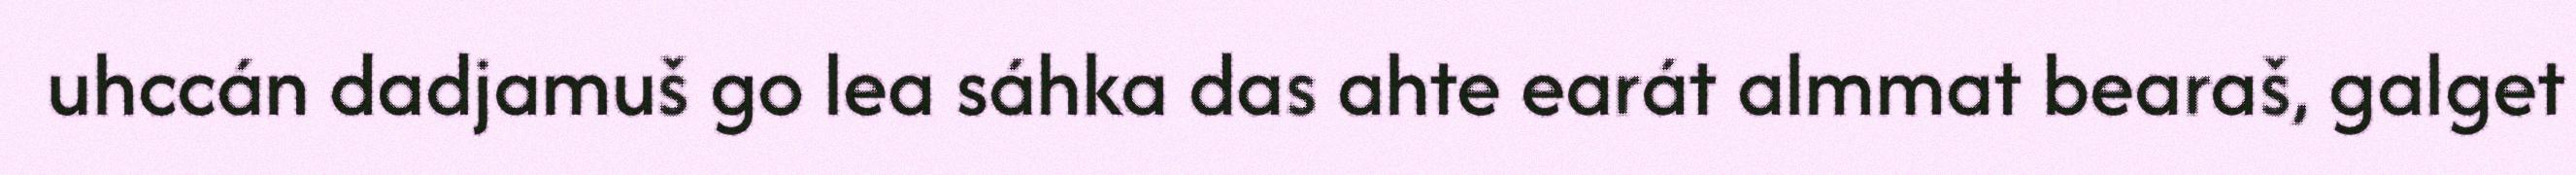
uhccán dadjamuš go lea sáhka das ahte earát almmat bearaš, galget